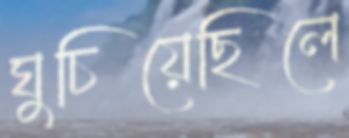
ঘুচিয়েছিলে